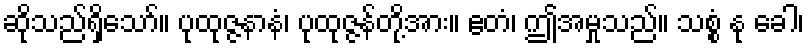
ဆိုသည်ရှိသော်။ ပုထုဇ္ဇနာနံ၊ ပုထုဇ္ဇန်တို့အား။ ဧတံ၊ ဤအမှုသည်။ သစ္စံ နု ခေါ၊